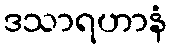
ဒသာရဟာနံ